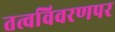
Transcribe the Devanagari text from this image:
तत्वविवरणपर